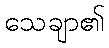
သေချာ၏